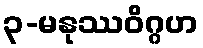
၃-မနုဿဝိဂ္ဂဟ